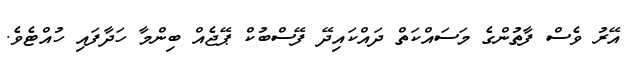
އޭރު ވެސް ފާތުންގެ މަސައްކަތް ދައްކައިދޭ ފޭސްބުކް ޕޭޖެއް ބިންމާ ހަދާފައި ހުއްޓެވެ.